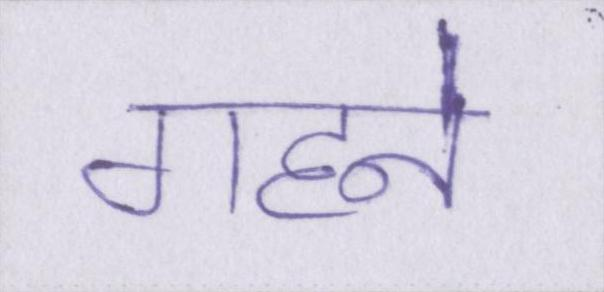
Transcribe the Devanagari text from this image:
गहने